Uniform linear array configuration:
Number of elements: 12
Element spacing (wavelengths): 1
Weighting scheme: hann
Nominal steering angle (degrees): -30
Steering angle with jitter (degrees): -29.521
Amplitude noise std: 0.05
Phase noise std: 0.05

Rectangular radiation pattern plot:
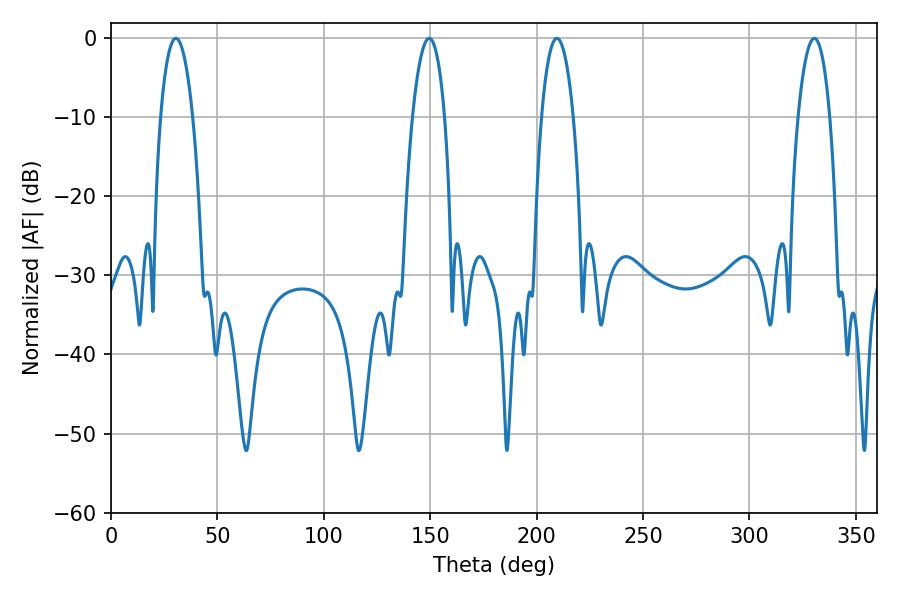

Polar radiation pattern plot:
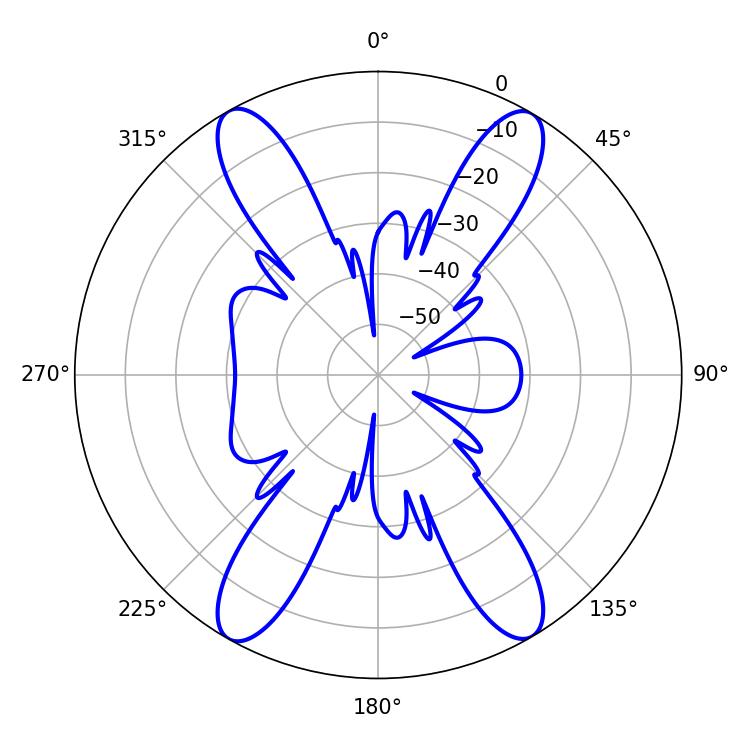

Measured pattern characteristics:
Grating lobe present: TRUE
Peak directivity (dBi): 25.549
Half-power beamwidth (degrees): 8.46
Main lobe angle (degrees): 209.52